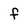
Character: f